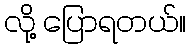
လို့ ပြောရတယ်။